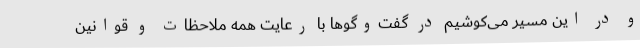
و در این مسیر می‌کوشیم در گفت‌وگوها با رعایت همه ملاحظات و قوانین